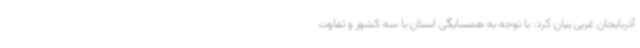
آذربایجان غربی بیان کرد: با توجه به همسایگی استان با سه کشور و تفاوت